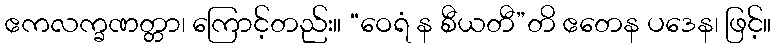
ဧကလက္ခဏတ္တာ၊ ကြောင့်တည်း။ “ဝေရံ န စီယတီ”တိ ဧတေန ပဒေန၊ ဖြင့်။